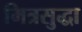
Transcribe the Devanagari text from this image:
मित्रसुद्धा